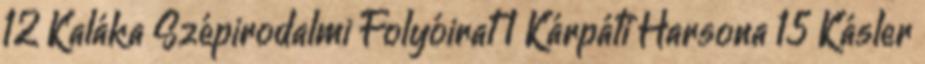
12 Kaláka Szépirodalmi Folyóirat 1 Kárpáti Harsona 15 Kásler